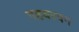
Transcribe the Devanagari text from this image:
गहवरवन